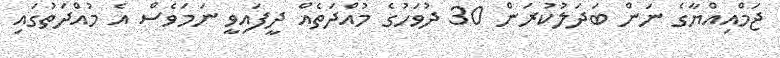
ޖަމްއިއްޔާގެ ނަން ބަދަލުކުރަން 30 ދުވަހުގެ މުއްދަތެއް ދީފައިވީ ނަމަވެސް އެ މުއްދަތުގައި